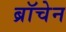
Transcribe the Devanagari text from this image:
ब्रॉचेन